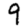
Digit: 9